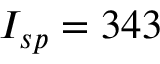
I _ { s p } = 3 4 3